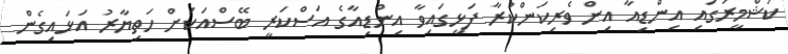
ކަޝްމީރުގައި އިންޑިއާ އިން ވެރިކަންކުރާ ފަޅީގައިވާ އިންޑިއާގެ އަސްކަރީ ބޭސްއަކަށް ހަތިޔާރު އަޅައިގެން